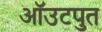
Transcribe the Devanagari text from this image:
ऑउटपुत